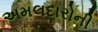
અમલદારોની